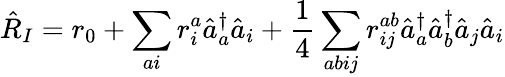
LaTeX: \hat{R}_{I}={r}_{0}+\sum_{ai}{r}_{i}^{a}\hat{a}_{a}^{\dagger}\hat{a}_{i}+\frac{1}{4}\sum_{abij}{r}_{ij}^{ab}\hat{a}_{a}^{\dagger}\hat{a}_{b}^{\dagger}\hat{a}_{j}\hat{a}_{i}